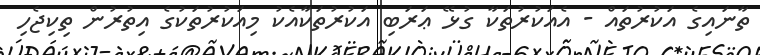
ތާނައިގެ އަކުރުތައް - އެއަކުރުތަކާ ގުޅޭ ޢަރަބި އަކުރުތަކާއެކު މިއަކުރުތަކުގެ އިތުރުން ތިކިޖެހި